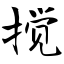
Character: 搅